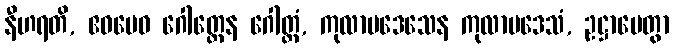
နီဟရတိ, ဧဝမေဝ ဂေါတ္တေန ဂေါတ္တံ, ကုလာပဒေသေန ကုလာပဒေသံ, ဥဋ္ဌာပေတွာ